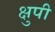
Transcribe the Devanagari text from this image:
क्षुपी